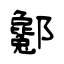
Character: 酁